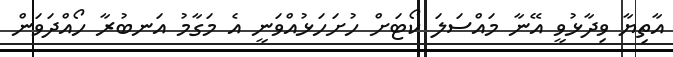
އާތިޔާ ވިދާޅުވީ އޭނާ މައްސަލަ ކޯޓަށް ހުށަހަޅުއްވަނީ އެ މަގާމު އަނބުރާ ހޯއްދަވަން